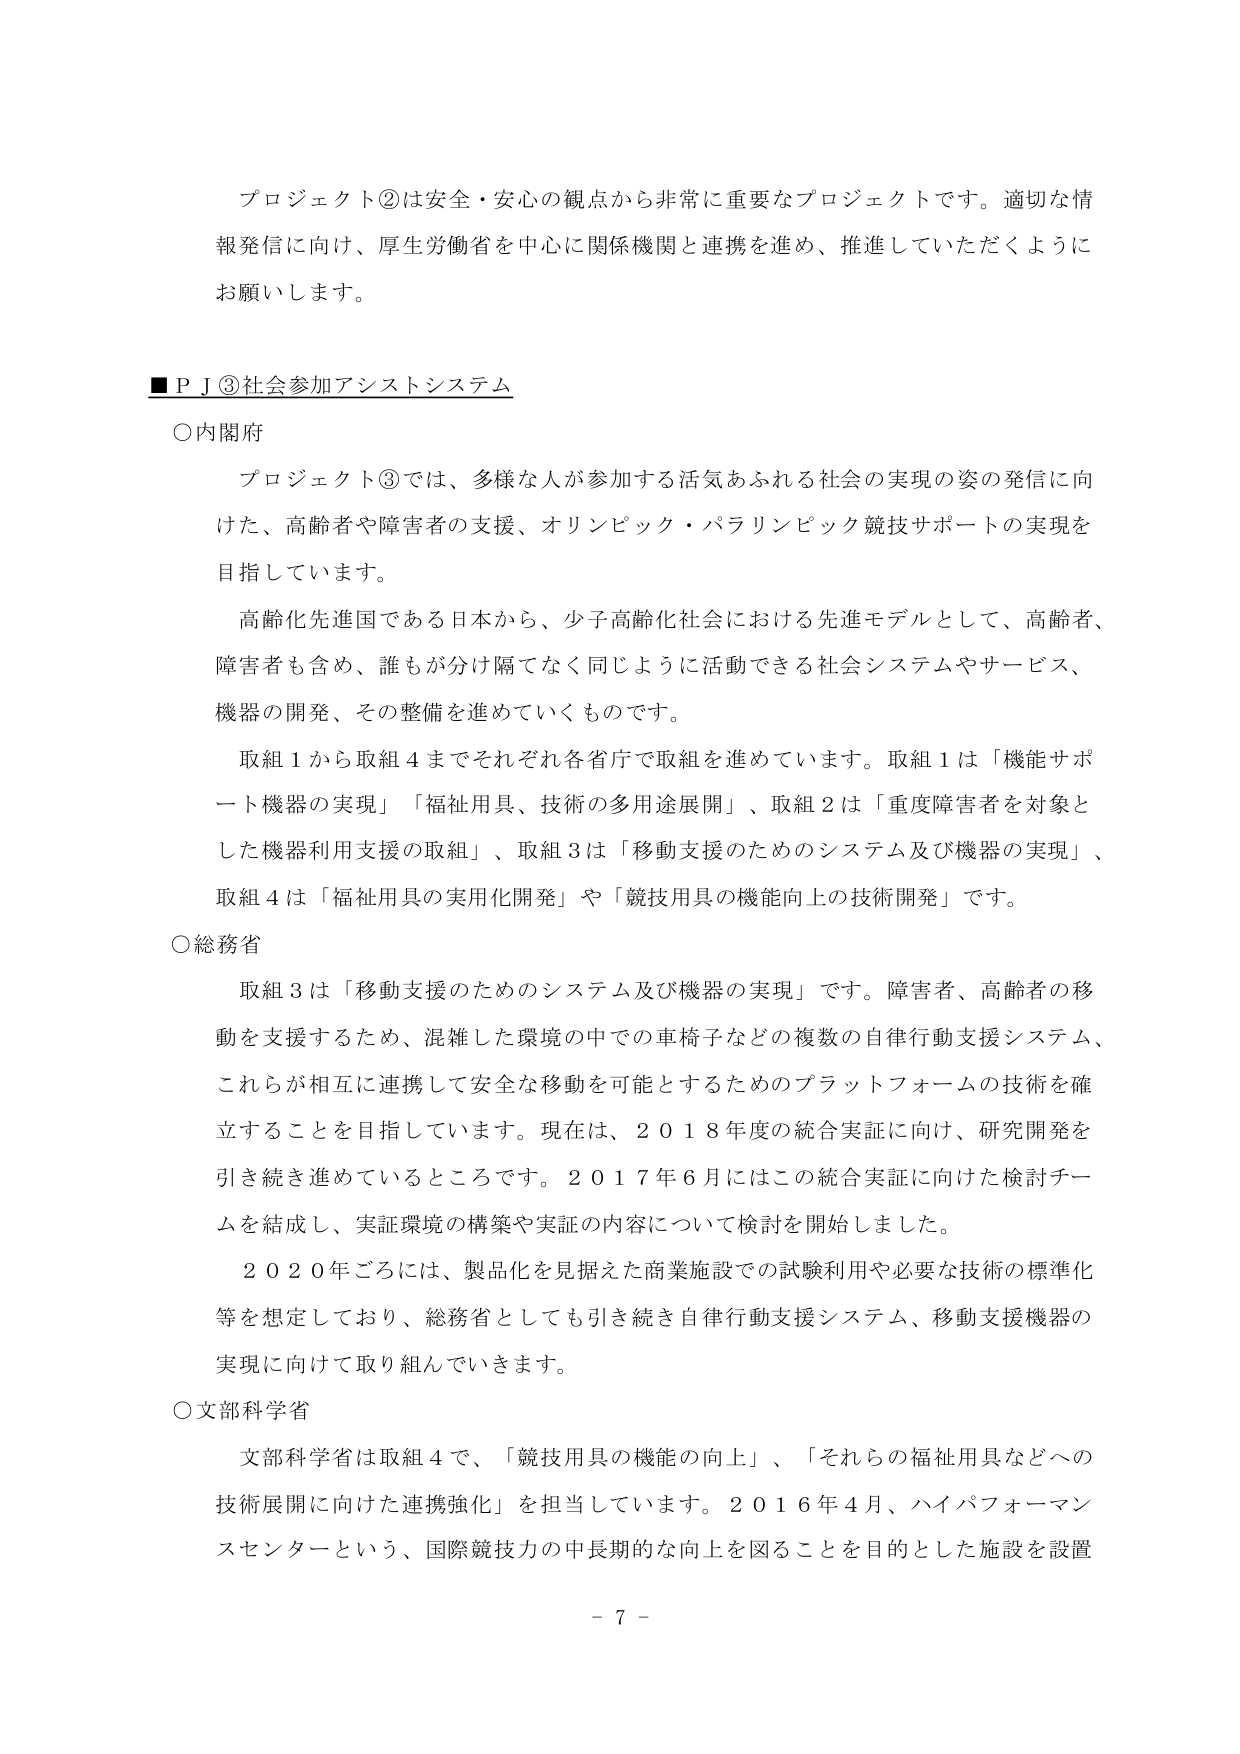
プロジェクト②は安全・安心の観点から非常に重要なプロジェクトです。適切な情報発信に向け、厚生労働省を中心に関係機関と連携を進め、推進していただくようにお願いします。

■ＰＪ③社会参加アシストシステム

○内閣府

プロジェクト③では、多様な人が参加する活気あふれる社会の実現の姿の発信に向けた、高齢者や障害者の支援、オリンピック・パラリンピック競技サポートの実現を目指しています。

高齢化先進国である日本から、少子高齢化社会における先進モデルとして、高齢者、障害者も含め、誰もが分け隔てなく同じように活動できる社会システムやサービス、機器の開発、その整備を進めていくものです。

取組１から取組４までそれぞれ各省庁で取組を進めています。取組１は「機能サポート機器の実現」「福祉用具、技術の多用途展開」、取組２は「重度障害者を対象とした機器利用支援の取組」、取組３は「移動支援のためのシステム及び機器の実現」、取組４は「福祉用具の実用化開発」や「競技用具の機能向上の技術開発」です。

○総務省

取組３は「移動支援のためのシステム及び機器の実現」です。障害者、高齢者の移動を支援するため、混雑した環境の中での車椅子などの複数の自律行動支援システム、これらが相互に連携して安全な移動を可能とするためのプラットフォームの技術を確立することを目指しています。現在は、２０１８年度の統合実証に向け、研究開発を引き続き進めているところです。２０１７年６月にはこの統合実証に向けた検討チームを結成し、実証環境の構築や実証の内容について検討を開始しました。

２０２０年ごろには、製品化を見据えた商業施設での試験利用や必要な技術の標準化等を想定しており、総務省としても引き続き自律行動支援システム、移動支援機器の実現に向けて取り組んでいきます。

○文部科学省

文部科学省は取組４で、「競技用具の機能の向上」、「それらの福祉用具などへの技術展開に向けた連携強化」を担当しています。２０１６年４月、ハイパフォーマンスセンターという、国際競技力の中長期的な向上を図ることを目的とした施設を設置

－ 7 －